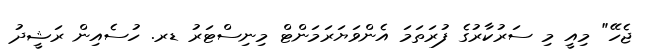
ޖެހޭ" މިއީ މި ސަރުކާރުގެ ފުރަތަމަ އެންވަޔަރަމަންޓް މިނިސްޓަރު ޑރ. ހުސެއިން ރަޝީދު